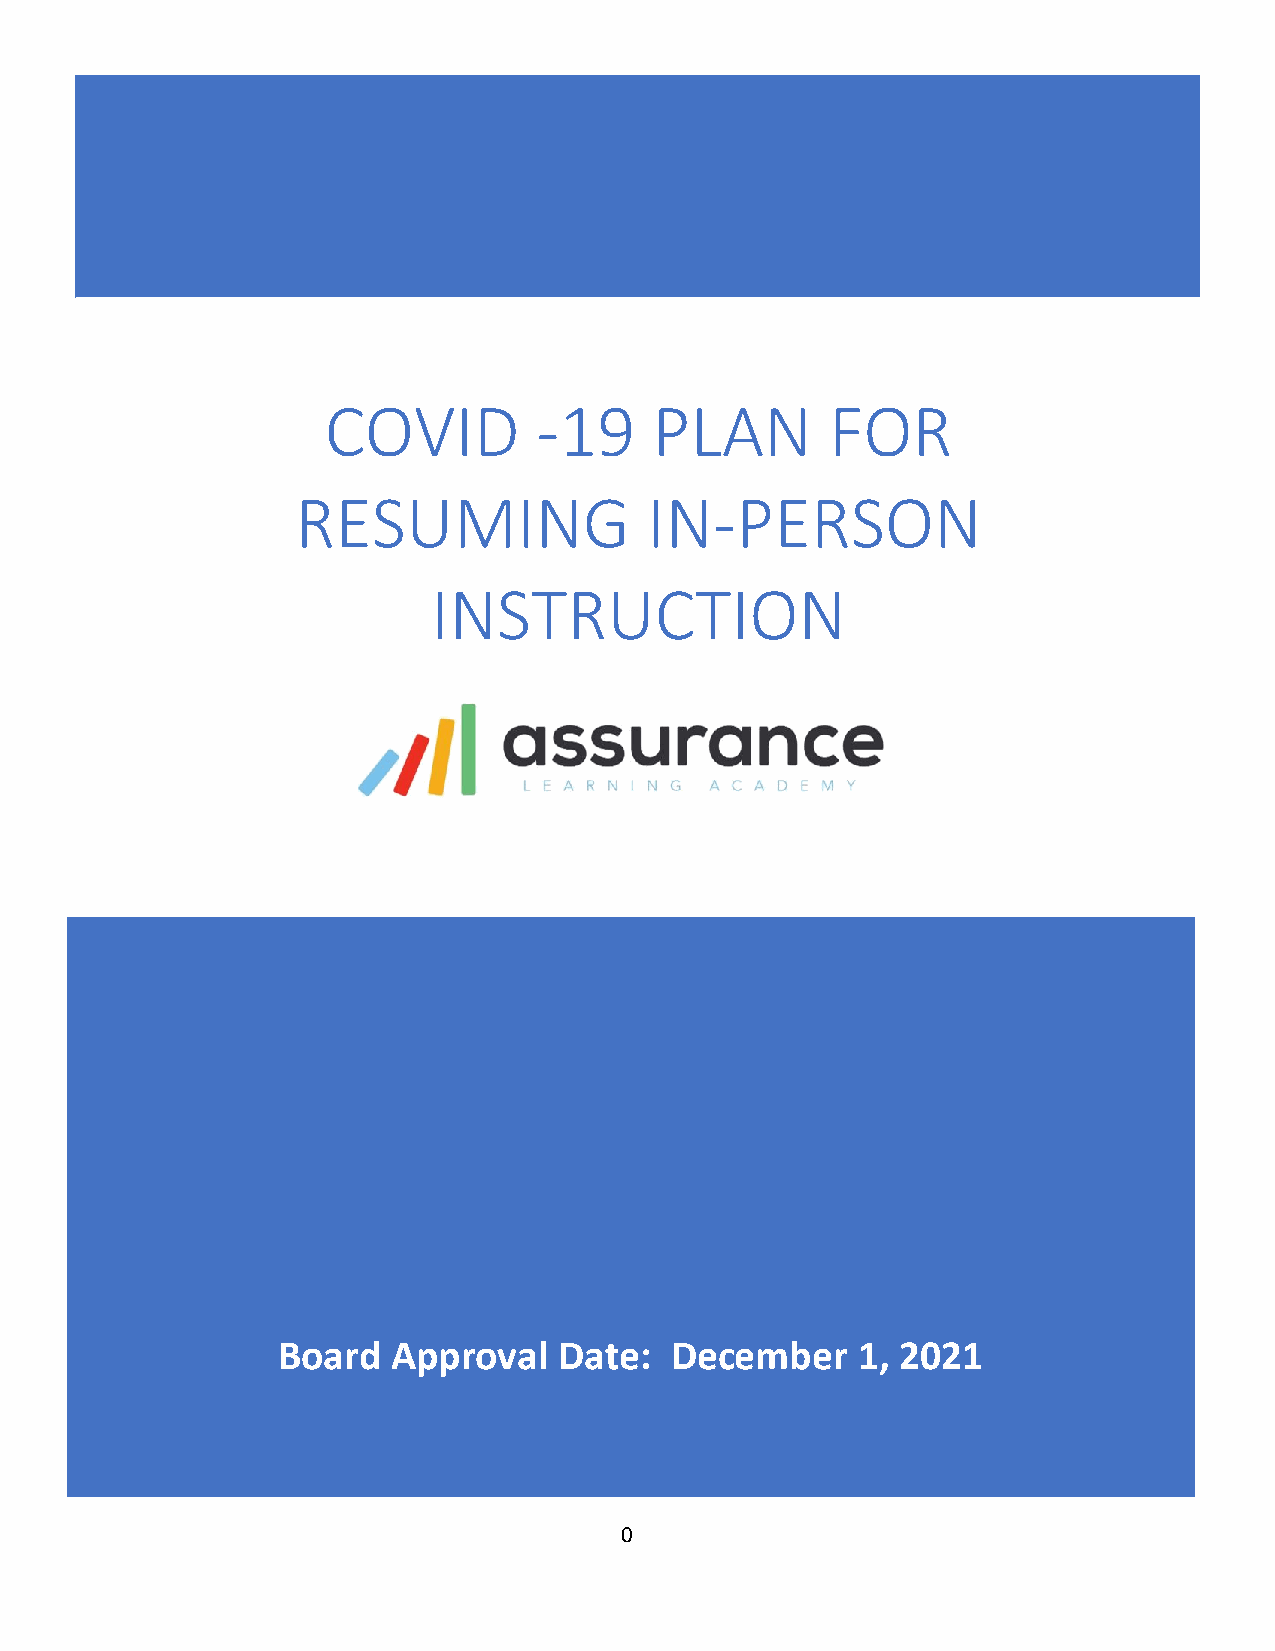
COVID         -19    PLAN        FOR
 RESUMING               IN-PERSON
 INSTRUCTION
 Board   Approval   Date:  December     1, 2021
 0